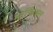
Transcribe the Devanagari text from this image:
ओर्फिक्स